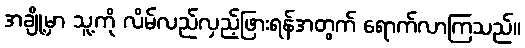
အချို့မှာ သူ့ကို လိမ်လည်လှည့်ဖြားရန်အတွက် ရောက်လာကြသည်။